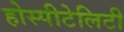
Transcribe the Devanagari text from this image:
होस्पीटेलिटी